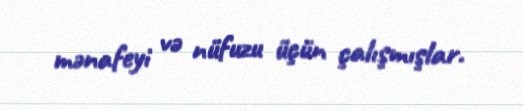
mənafeyi və nüfuzu üçün çalışmışlar.